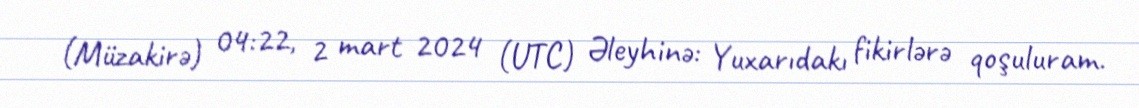
(Müzakirə) 04:22, 2 mart 2024 (UTC) Əleyhinə: Yuxarıdakı fikirlərə qoşuluram.